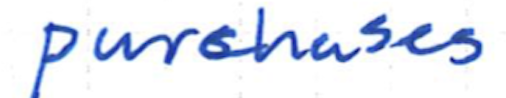
Text: purchases
Cross-out: clean
Writing tool: ballpoint